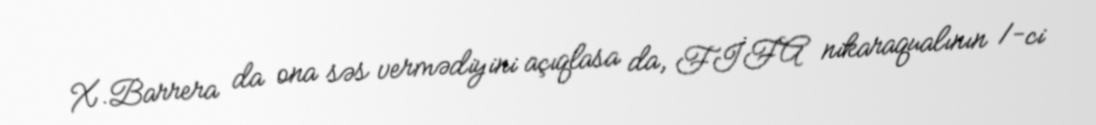
X.Barrera da ona səs vermədiyini açıqlasa da, FİFA nikaraqualının 1-ci